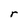
Character: r